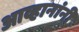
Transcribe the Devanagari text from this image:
आव्हानांनी